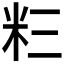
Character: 𮇅